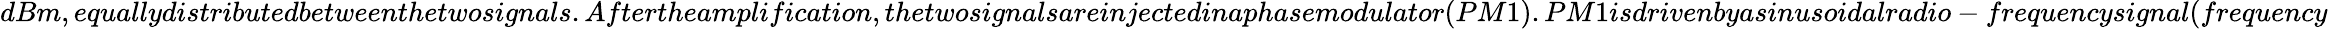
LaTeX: dBm,equallydistributedbetweenthetwosignals.Aftertheamplification,thetwosignalsareinjectedinaphasemodulator(PM1).PM1isdrivenbyasinusoidalradio-frequencysignal(frequency